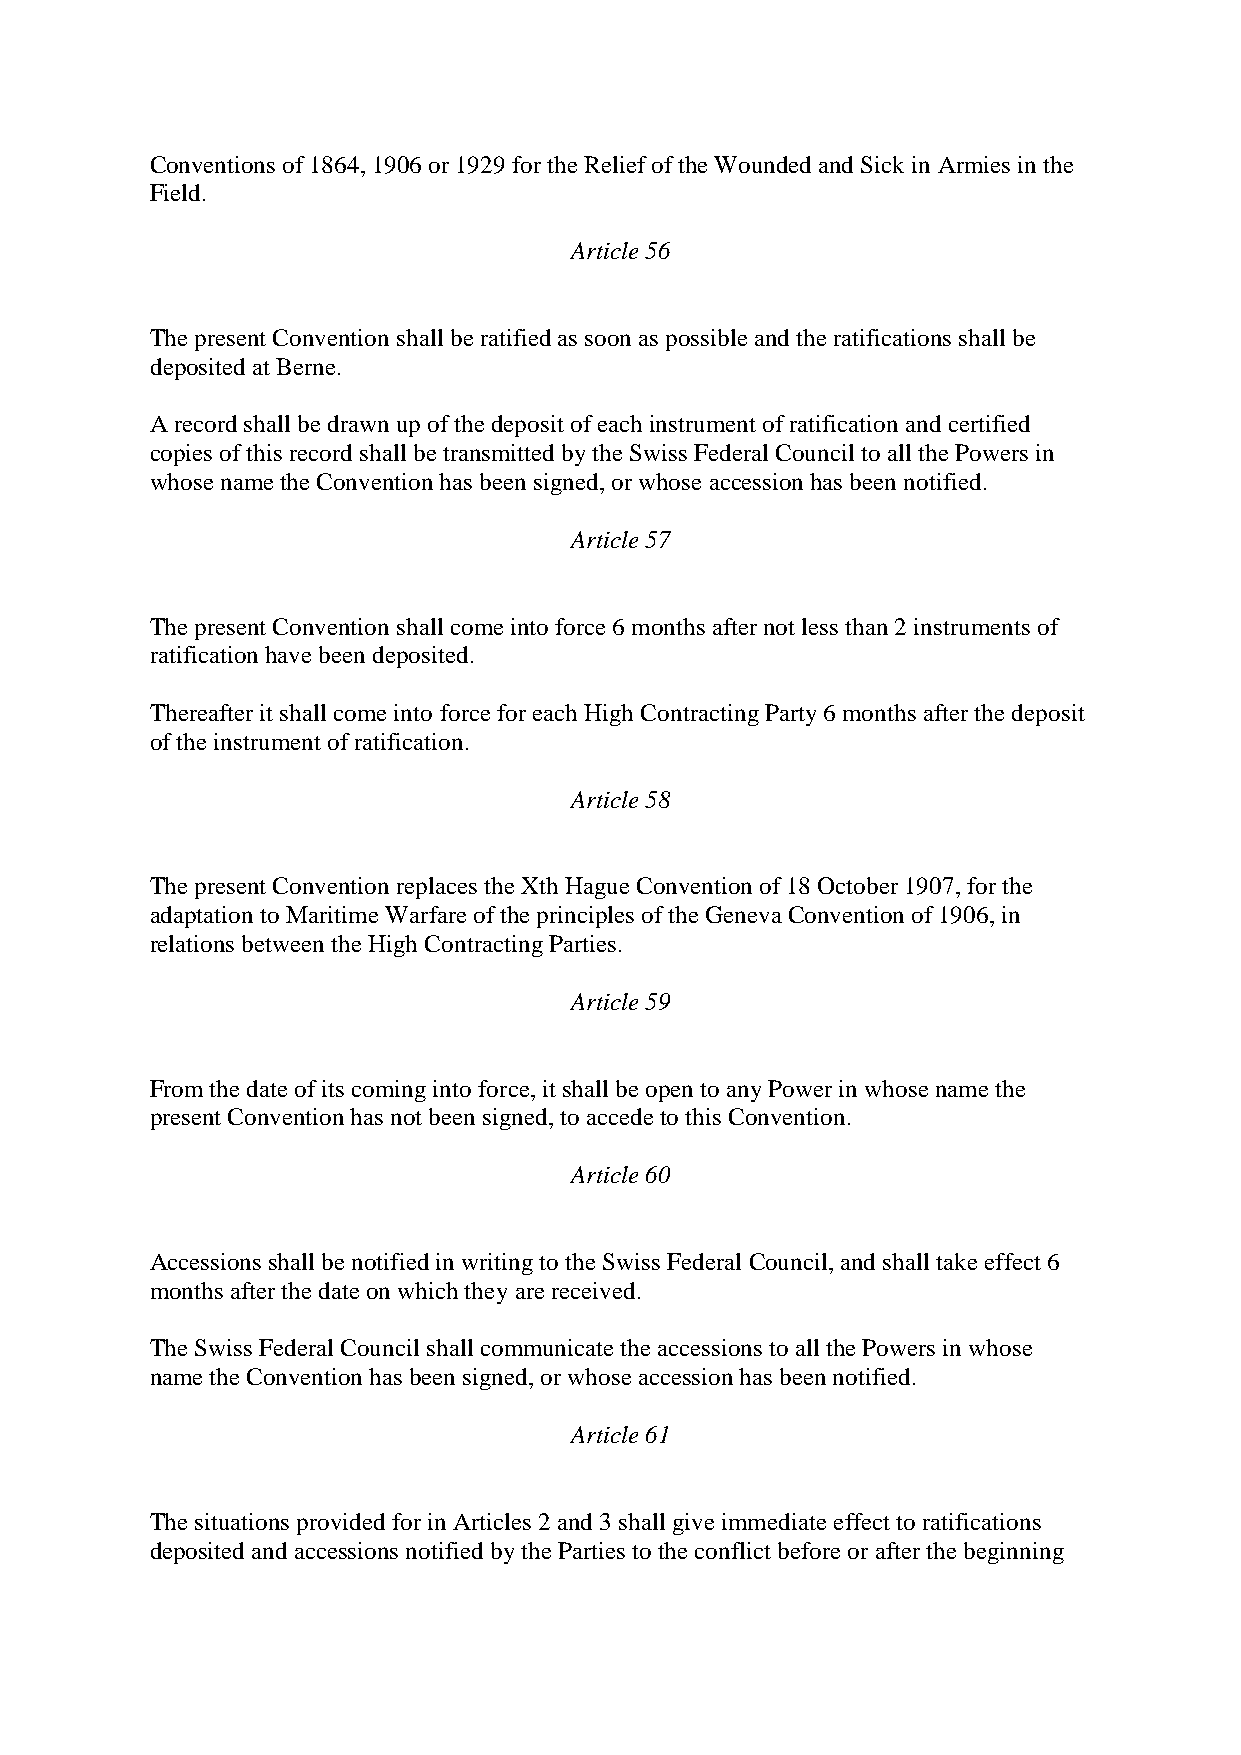
Conventions of 1864, 1906 or 1929 for the Relief of the Wounded and Sick in Armies in the
 Field.
 Article 56
 The present Convention shall be ratified as soon as possible and the ratifications shall be
 deposited at Berne.
 A record shall be drawn up of the deposit of each instrument of ratification and certified
 copies of this record shall be transmitted by the Swiss Federal Council to all the Powers in
 whose name the Convention has been signed, or whose accession has been notified.
 Article 57
 The present Convention shall come into force 6 months after not less than 2 instruments of
 ratification have been deposited.
 Thereafter it shall come into force for each High Contracting Party 6 months after the deposit
 of the instrument of ratification.
 Article 58
 The present Convention replaces the Xth Hague Convention of 18 October 1907, for the
 adaptation to Maritime Warfare of the principles of the Geneva Convention of 1906, in
 relations between the High Contracting Parties.
 Article 59
 From the date of its coming into force, it shall be open to any Power in whose name the
 present Convention has not been signed, to accede to this Convention.
 Article 60
 Accessions shall be notified in writing to the Swiss Federal Council, and shall take effect 6
 months after the date on which they are received.
 The Swiss Federal Council shall communicate the accessions to all the Powers in whose
 name the Convention has been signed, or whose accession has been notified.
 Article 61
 The situations provided for in Articles 2 and 3 shall give immediate effect to ratifications
 deposited and accessions notified by the Parties to the conflict before or after the beginning